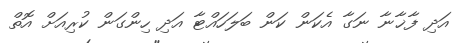
އަދި ފާޚާނާ ނަގާ އެކަން ކަން ބަލަހައްޓާ އަދި ހިންގަން ކުރިއަށް އޮތް